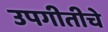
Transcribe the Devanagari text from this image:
उपगीतीचे